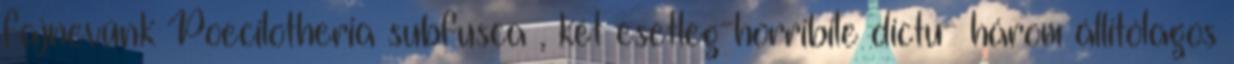
fajnevünk Poecilotheria subfusca , két esetleg-horribile dictu- három állítólagos